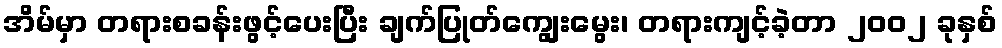
အိမ်မှာ တရားစခန်းဖွင့်ပေးပြီး ချက်ပြုတ်ကျွေးမွေး၊ တရားကျင့်ခဲ့တာ ၂၀၀၂ ခုနှစ်